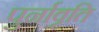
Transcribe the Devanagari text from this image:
पुर्नावृति